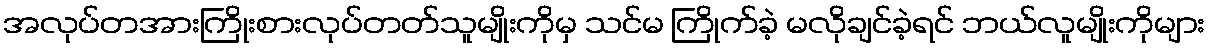
အလုပ်တအားကြိုးစားလုပ်တတ်သူမျိုးကိုမှ သင်မ ကြိုက်ခဲ့ မလိုချင်ခဲ့ရင် ဘယ်လူမျိုးကိုများ